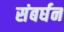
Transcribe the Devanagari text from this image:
संबर्घन